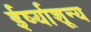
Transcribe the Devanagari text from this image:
ईर्ष्याशून्य